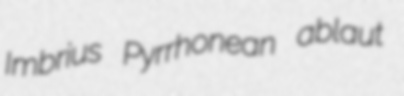
Imbrius Pyrrhonean ablaut